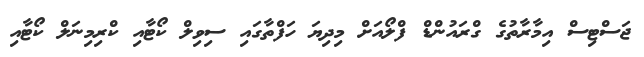
ޖަސްޓިސް އިމާރާތުގެ ގްރައުންޑް ފްލޯއަށް މިދިޔަ ހަފްތާގައި ސިވިލް ކޯޓާއި ކްރިމިނަލް ކޯޓާއި